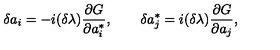
\delta a _ { i } = - { i } ( \delta \lambda ) { \frac { \partial G } { \partial a _ { i } ^ { * } } } , \qquad \delta a _ { j } ^ { * } = { i } ( \delta \lambda ) { \frac { \partial G } { \partial a _ { j } } } ,